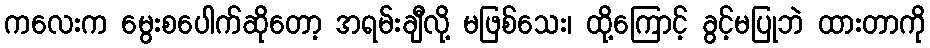
ကလေးက မွေးစပေါက်ဆိုတော့ အရမ်းချီလို့ မဖြစ်သေး၊ ထို့ကြောင့် ခွင့်မပြုဘဲ ထားတာကို